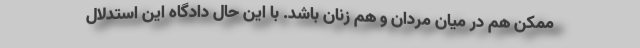
ممکن هم در میان مردان و هم زنان باشد. با این حال دادگاه این استدلال